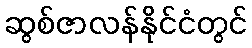
ဆွစ်ဇာလန်နိုင်ငံတွင်